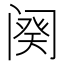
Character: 阕